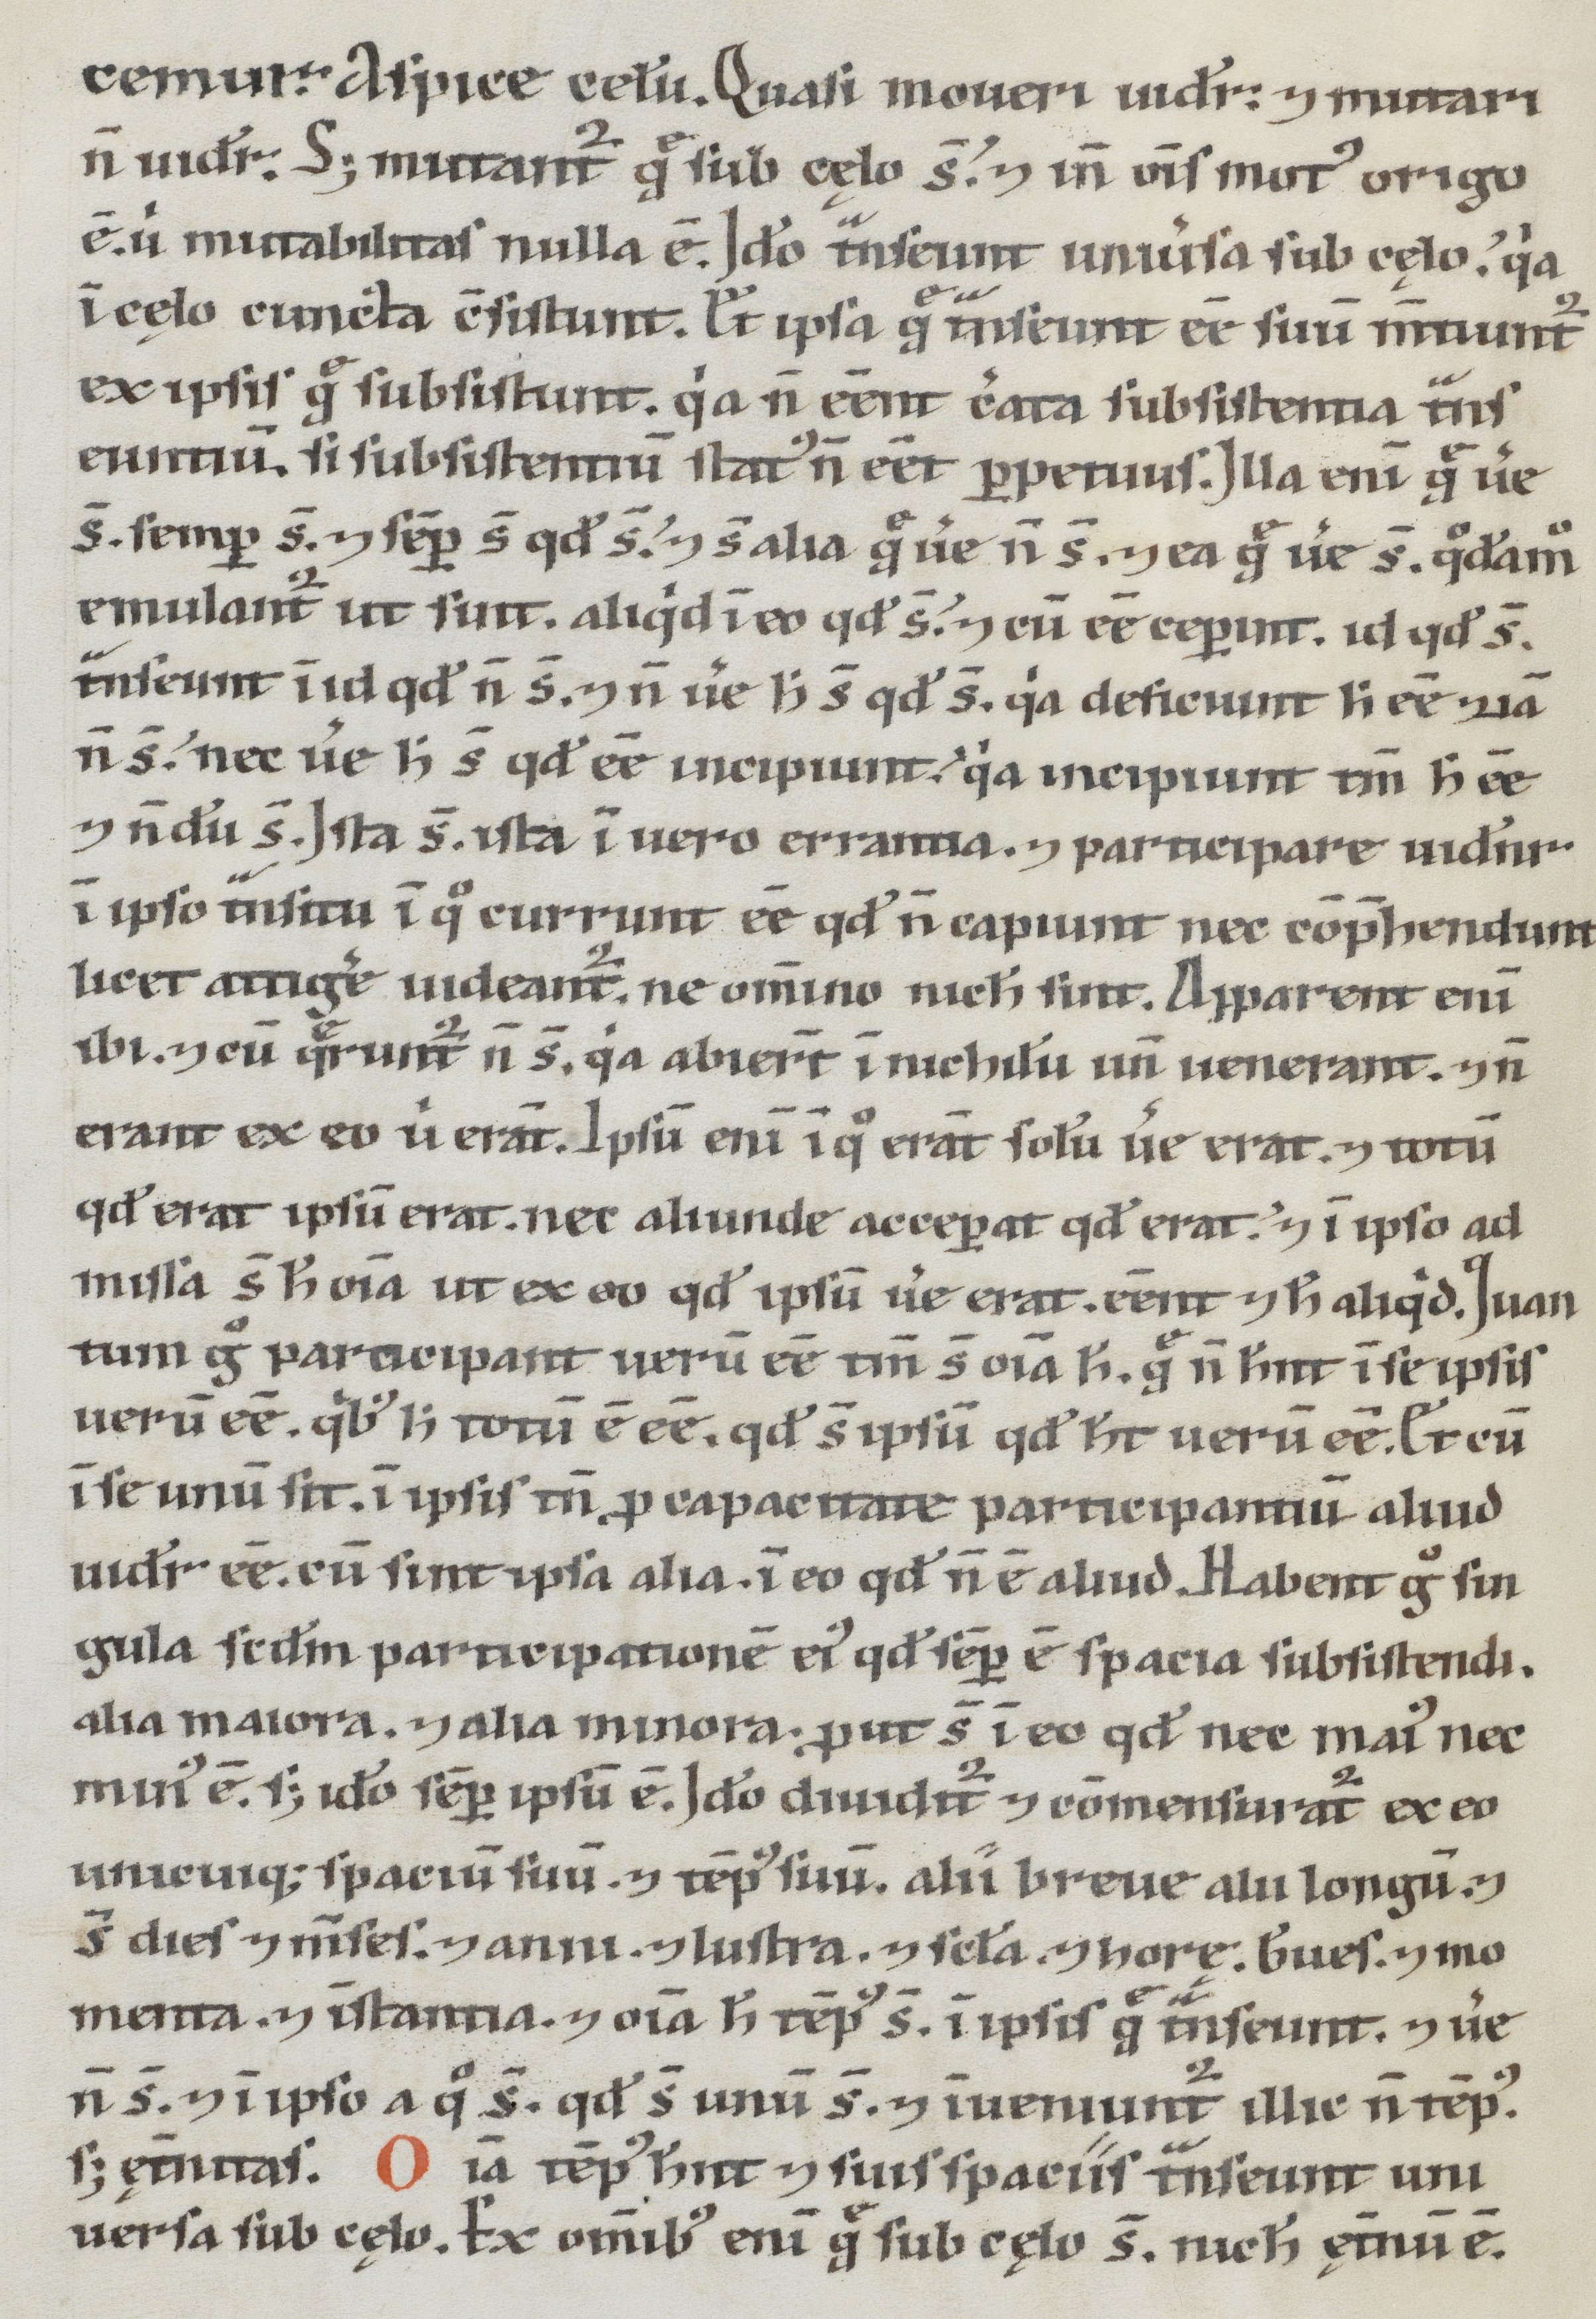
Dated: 1100–1199